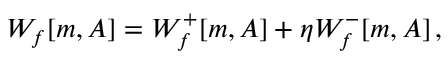
W _ { f } [ m , A ] = W _ { f } ^ { + } [ m , A ] + \eta W _ { f } ^ { - } [ m , A ] \, ,